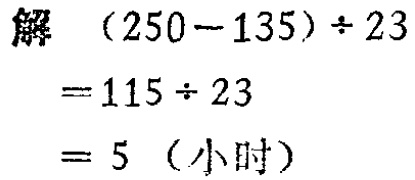
解

\[

\begin{align*}

&(250 - 135) \div 23\\

=&115 \div 23\\

=&5 \text{（小时）}

\end{align*}

\]